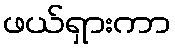
ဖယ်ရှားကာ